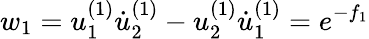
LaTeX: w_{1}=u_{1}^{(1)}\dot{u}_{2}^{(1)}-u_{2}^{(1)}\dot{u}_{1}^{(1)}=e^{-f_{1}}